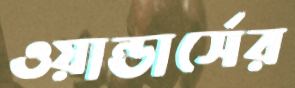
ওয়ান্ডার্সের